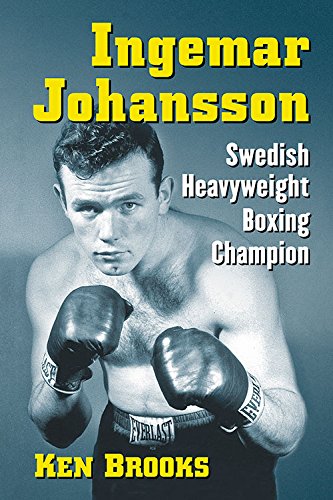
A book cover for Ingemar Johansson: Swedish Heavyweight Boxing Champion; Ken Brooks; Biographies & Memoirs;